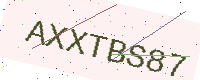
Text: AXXTBS87